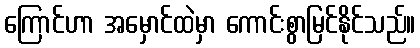
ကြောင်ဟာ အမှောင်ထဲမှာ ကောင်းစွာမြင်နိုင်သည်။